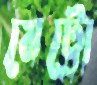
মেট্রো